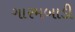
ગારમબાડી